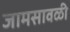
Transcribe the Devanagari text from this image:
जामसावळी